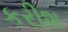
કરીશ